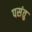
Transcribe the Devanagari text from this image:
पसंतु